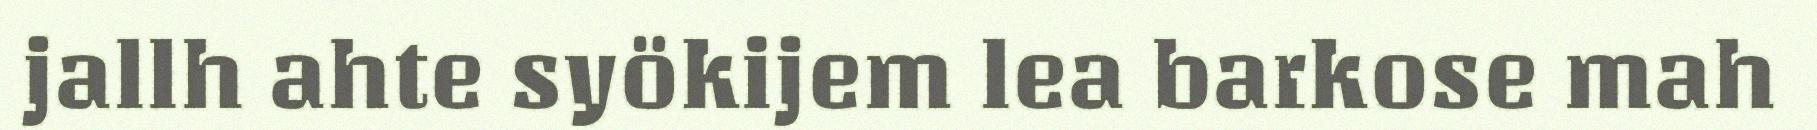
jallh ahte syökijem lea barkose mah